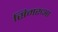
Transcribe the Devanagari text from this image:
सिमरुआ